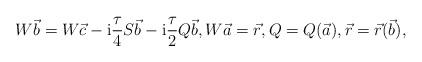
LaTeX: \begin{align*}W\vec{b} = W\vec{c}-{\rm i}\frac{\tau}{4}S\vec{b} - {\rm i}\frac{\tau}{2}Q\vec{b}, W\vec{a} = \vec{r},Q = Q(\vec{a}), \vec{r} = \vec{r}(\vec{b}),\end{align*}